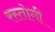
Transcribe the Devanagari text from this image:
रस्‍तोगी